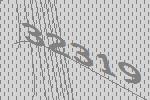
32319